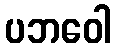
ပဘဝေါ